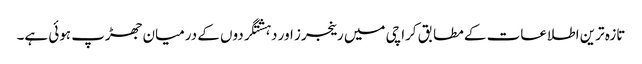
تازہ ترین اطلاعات کے مطابق کراچی میں رینجرز اور دہشتگردوں کے درمیان جھڑپ ہوئی ہے۔